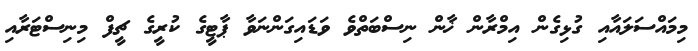
މިމައްސަލައާއި ގުޅިގެން އިމްރާން ޚާން ނިސްބަތްވެ ވަޑައިގަންނަވާ ޕާޓީގެ ކުރީގެ ޗީފް މިނިސްޓަރާއި